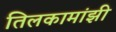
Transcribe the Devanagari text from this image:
तिलकामांझी